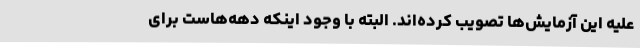
علیه این آزمایش‌ها تصویب کرده‌اند. البته با وجود اینکه دهه‌هاست برای